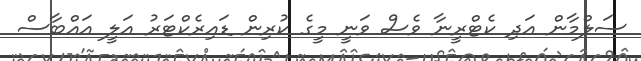
ސަލްމާން އަދި ކެޓްރީނާ ވެސް ވަނީ މީގެ ކުރިން ޑައިރެކްޓަރު އަލީ އައްބާސް